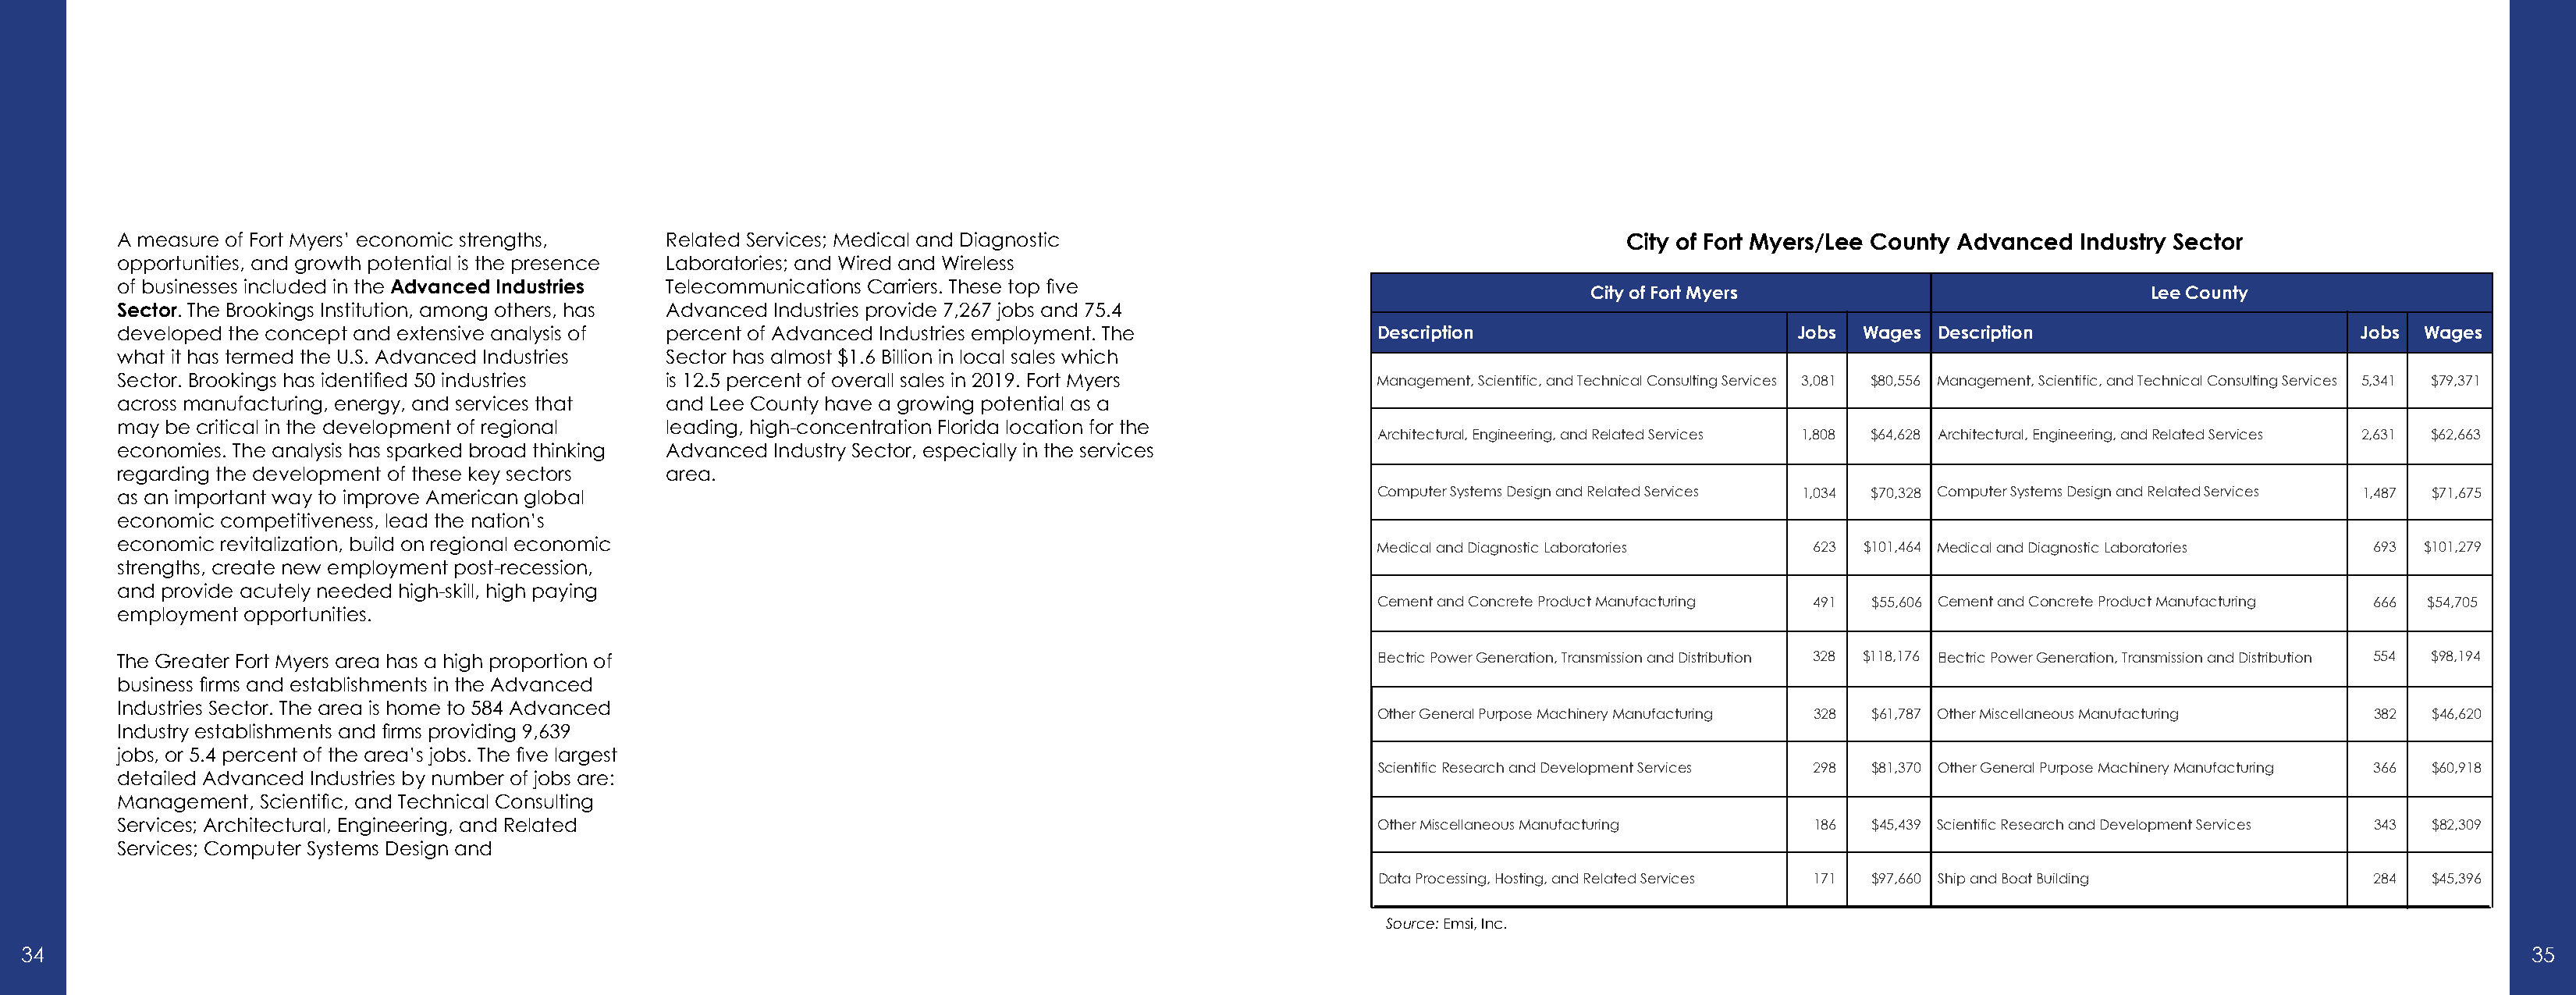
A measure of Fort Myers’ economic strengths,  Related Services; Medical and Diagnostic                                          City of Fort Myers/Lee County Advanced Industry Sector
 opportunities, and growth potential is the presence Laboratories; and Wired and Wireless
 of businesses included in the Advanced Industries Telecommunications Carriers. These top five
 City of Fort Myers                             Lee County
 Sector. The Brookings Institution, among others, has Advanced Industries provide 7,267 jobs and 75.4
 developed the concept and extensive analysis of percent of Advanced Industries employment. The             Description                        Jobs  Wages Description                         Jobs  Wages
 what it has termed the U.S. Advanced Industries Sector has almost $1.6 Billion in local sales which
 Sector. Brookings has identified 50 industries is 12.5 percent of overall sales in 2019. Fort Myers        Management, Scientific, and Technical Consulting Services 3,081 $80,556 Management, Scientific, and Technical Consulting Services 5,341 $79,371
 across manufacturing, energy, and services that and Lee County have a growing potential as a
 may be critical in the development of regional leading, high-concentration Florida location for the
 Architectural, Engineering, and Related Services 1,808 $64,628 Architectural, Engineering, and Related Services 2,631 $62,663
 economies. The analysis has sparked broad thinking Advanced Industry Sector, especially in the services
 regarding the development of these key sectors area.
 as an important way to improve American global                                                             Computer Systems Design and Related Services 1,034 $70,328 Computer Systems Design and Related Services 1,487 $71,675
 economic competitiveness, lead the nation’s
 economic revitalization, build on regional economic                                                        Medical and Diagnostic Laboratories  623 $101,464 Medical and Diagnostic Laboratories 693 $101,279
 strengths, create new employment post-recession,
 and provide acutely needed high-skill, high paying
 Cement and Concrete Product Manufacturing 491 $55,606 Cement and Concrete Product Manufacturing 666 $54,705
 employment opportunities.
 The Greater Fort Myers area has a high proportion of                                                       Electric Power Generation, Transmission and Distribution 328 $118,176 Electric Power Generation, Transmission and Distribution 554 $98,194
 business firms and establishments in the Advanced
 Industries Sector. The area is home to 584 Advanced
 Other General Purpose Machinery Manufacturing 328 $61,787 Other Miscellaneous Manufacturing 382 $46,620
 Industry establishments and firms providing 9,639
 jobs, or 5.4 percent of the area’s jobs. The five largest
 Scientific Research and Development Services 298 $81,370 Other General Purpose Machinery Manufacturing 366 $60,918
 detailed Advanced Industries by number of jobs are:
 Management, Scientific, and Technical Consulting
 Services; Architectural, Engineering, and Related                                                          Other Miscellaneous Manufacturing    186  $45,439 Scientific Research and Development Services 343 $82,309
 Services; Computer Systems Design and
 Data Processing, Hosting, and Related Services 171 $97,660 Ship and Boat Building   284  $45,396
 Source: Emsi, Inc.
 34                                                                                                                                                                                                                   35